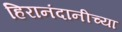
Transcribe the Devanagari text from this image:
हिरानंदानीच्या